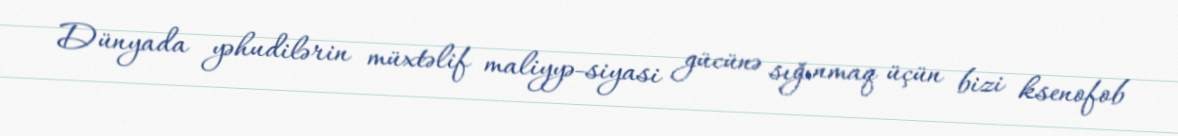
Dünyada yəhudilərin müxtəlif maliyyə-siyasi gücünə sığınmaq üçün bizi ksenofob